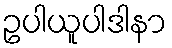
ဥပါယူပါဒါနာ